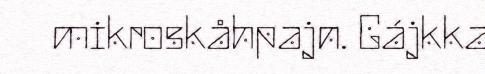
mikroskåhpajn. Gájkka